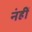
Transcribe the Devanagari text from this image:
नंहीं